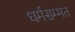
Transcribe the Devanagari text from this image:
धर्मसम्मत